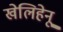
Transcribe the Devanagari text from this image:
खेलिहेनू